DOW-UAP-D14, Mission Report, Iraq, May 2022
Agency: Department of War
Incident date: 5/29/22
Incident location: Syria
Page 4
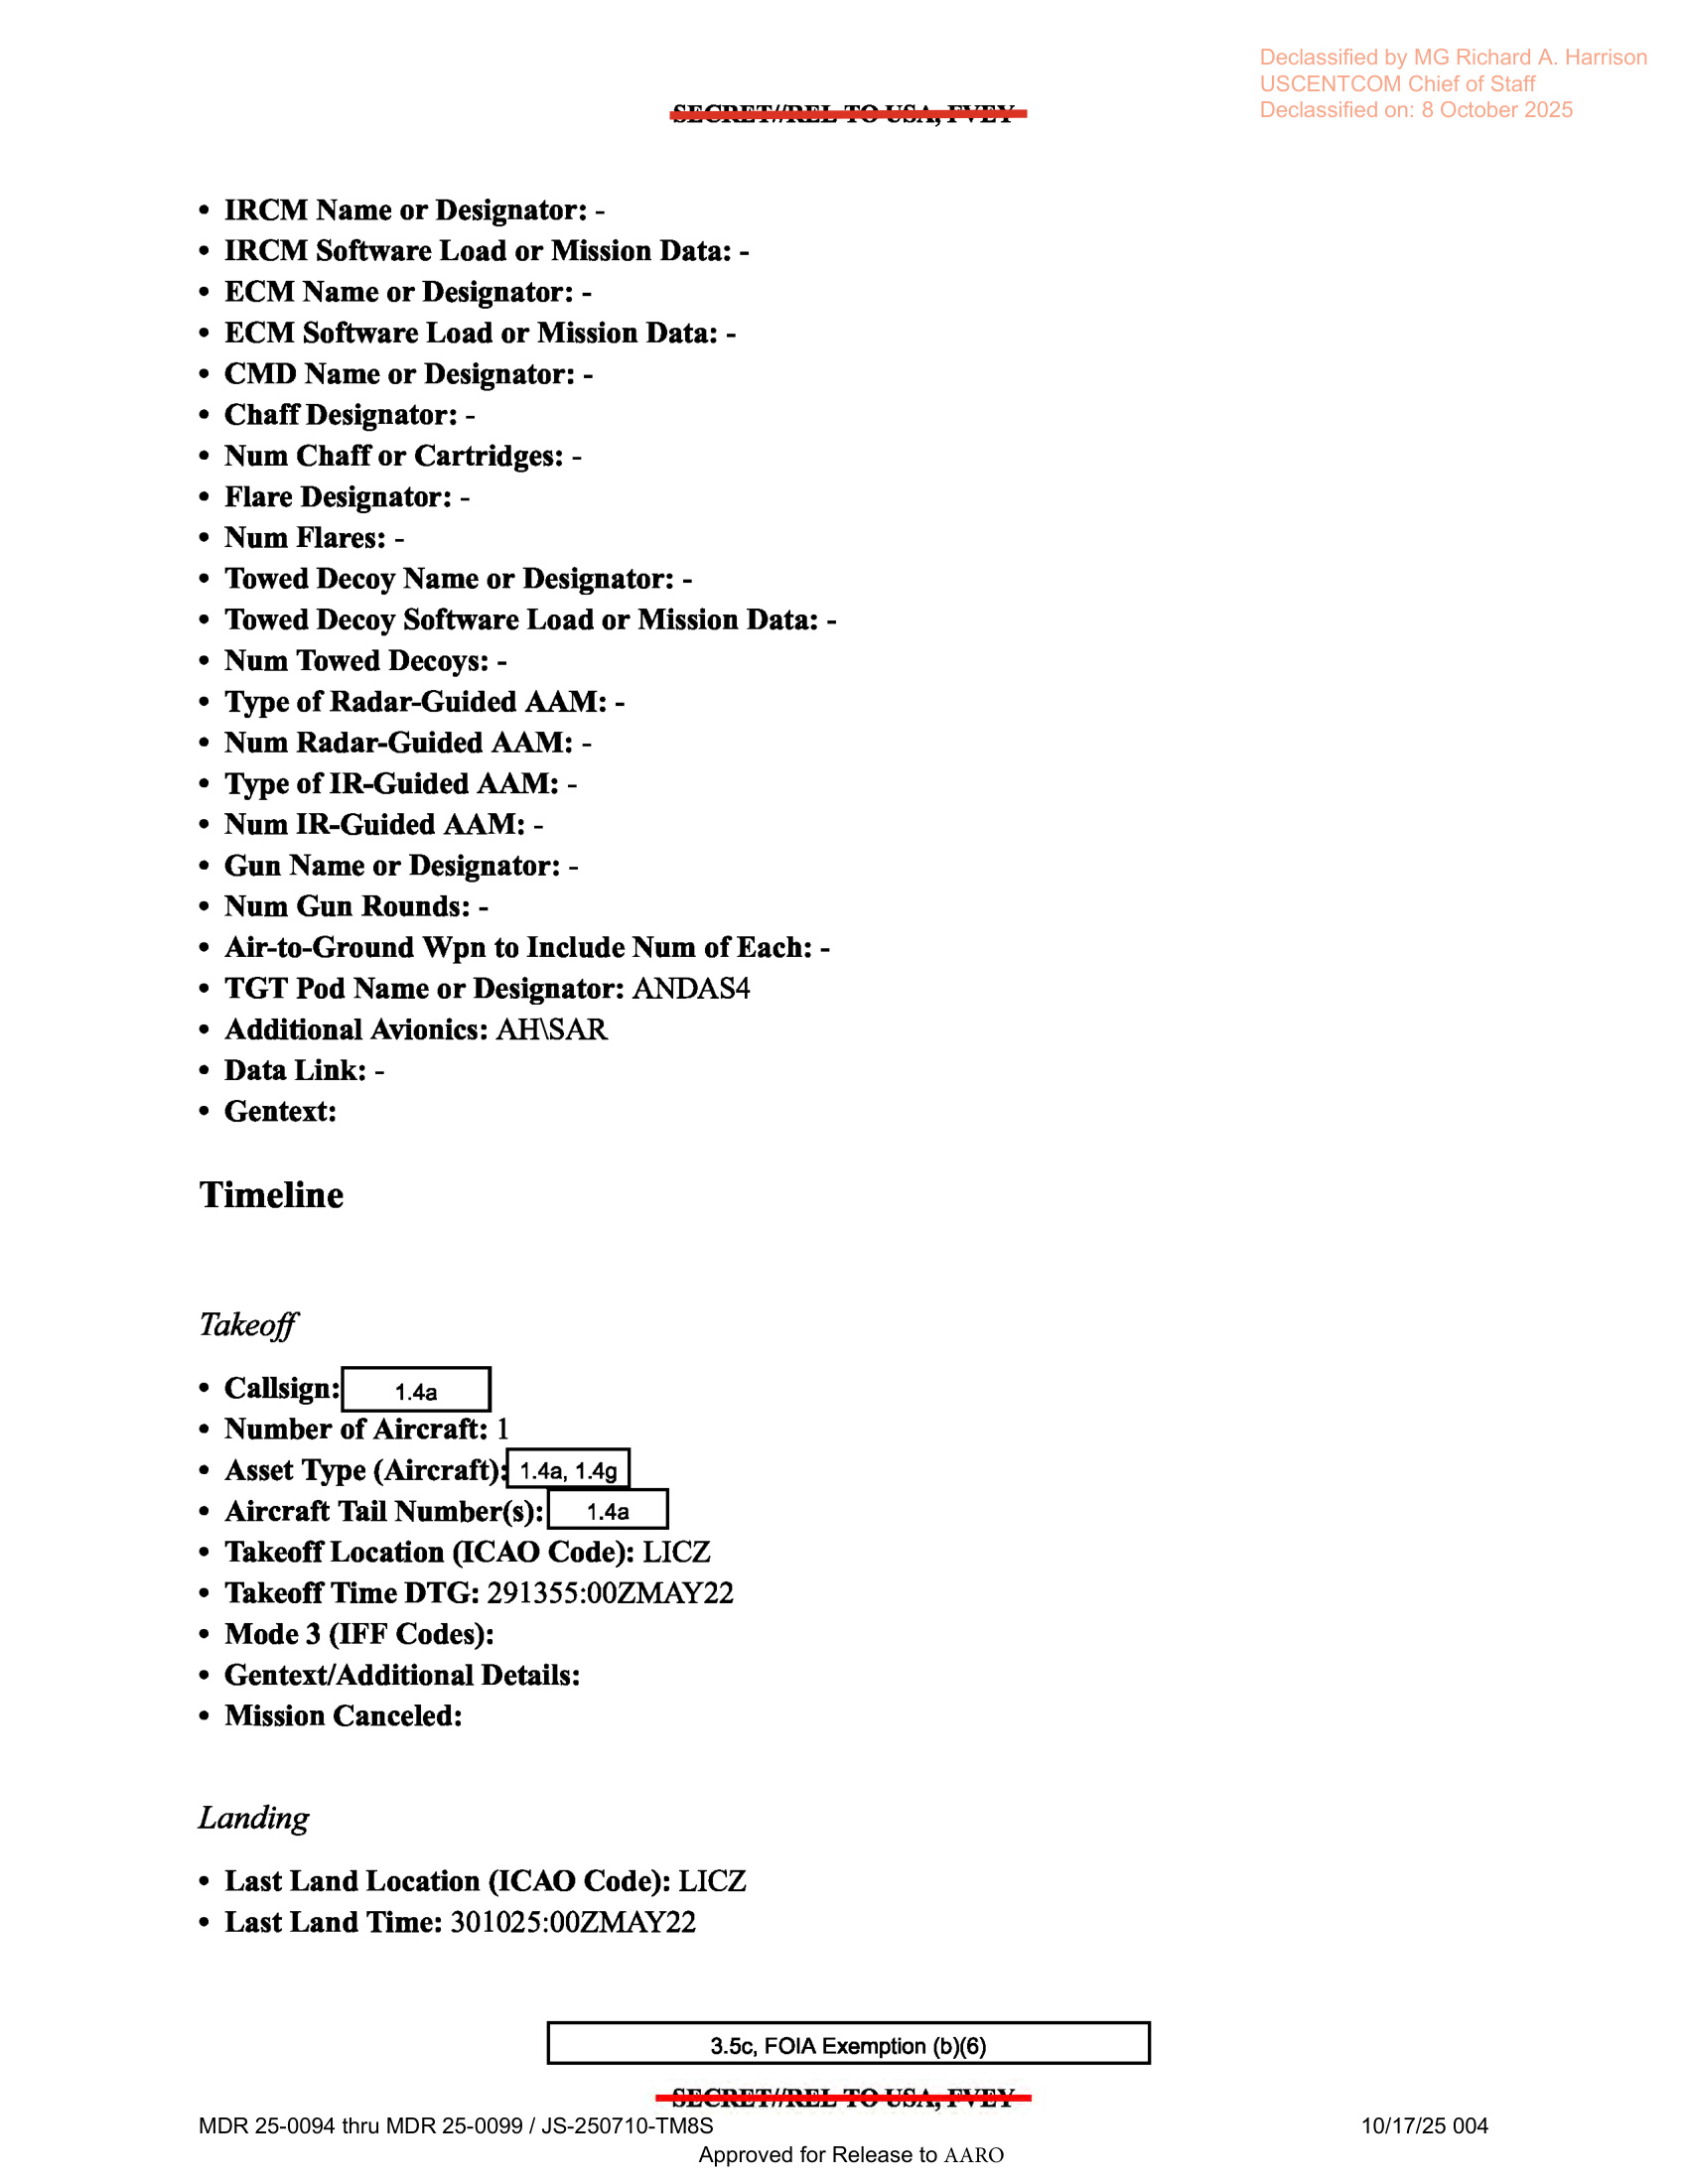